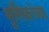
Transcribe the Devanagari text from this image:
भूमिकांच्या